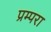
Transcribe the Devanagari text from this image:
प्रम्परा